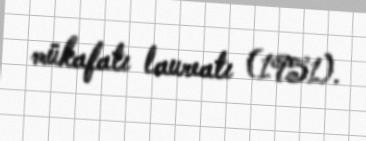
mükafatı laureatı (1951).